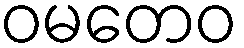
ဝမတေဝ